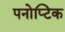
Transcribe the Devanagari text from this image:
पनोप्टिक